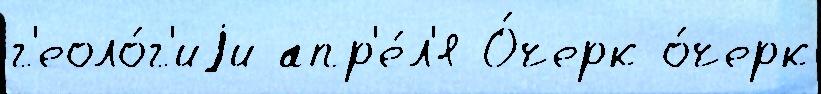
г'еоло́г'иjи апр'е́л'я О́черк о́черк